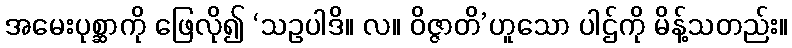
အမေးပုစ္ဆာကို ဖြေလို၍ ‘သဥပါဒိ။ လ။ ဝိဇ္ဇာတိ’ဟူသော ပါဌ်ကို မိန့်သတည်း။